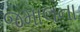
જમાલના